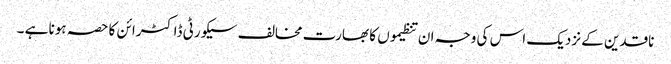
ناقدین کے نزدیک اس کی وجہ ان تنظیموں کا بھارت مخالف سیکورٹی ڈاکٹرائن کا حصہ ہونا ہے ۔